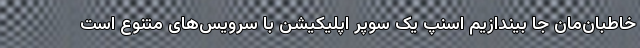
خاطبان‌مان جا بیندازیم اسنپ یک سوپر اپلیکیشن با سرویس‌های متنوع است